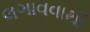
લગાવવાથી